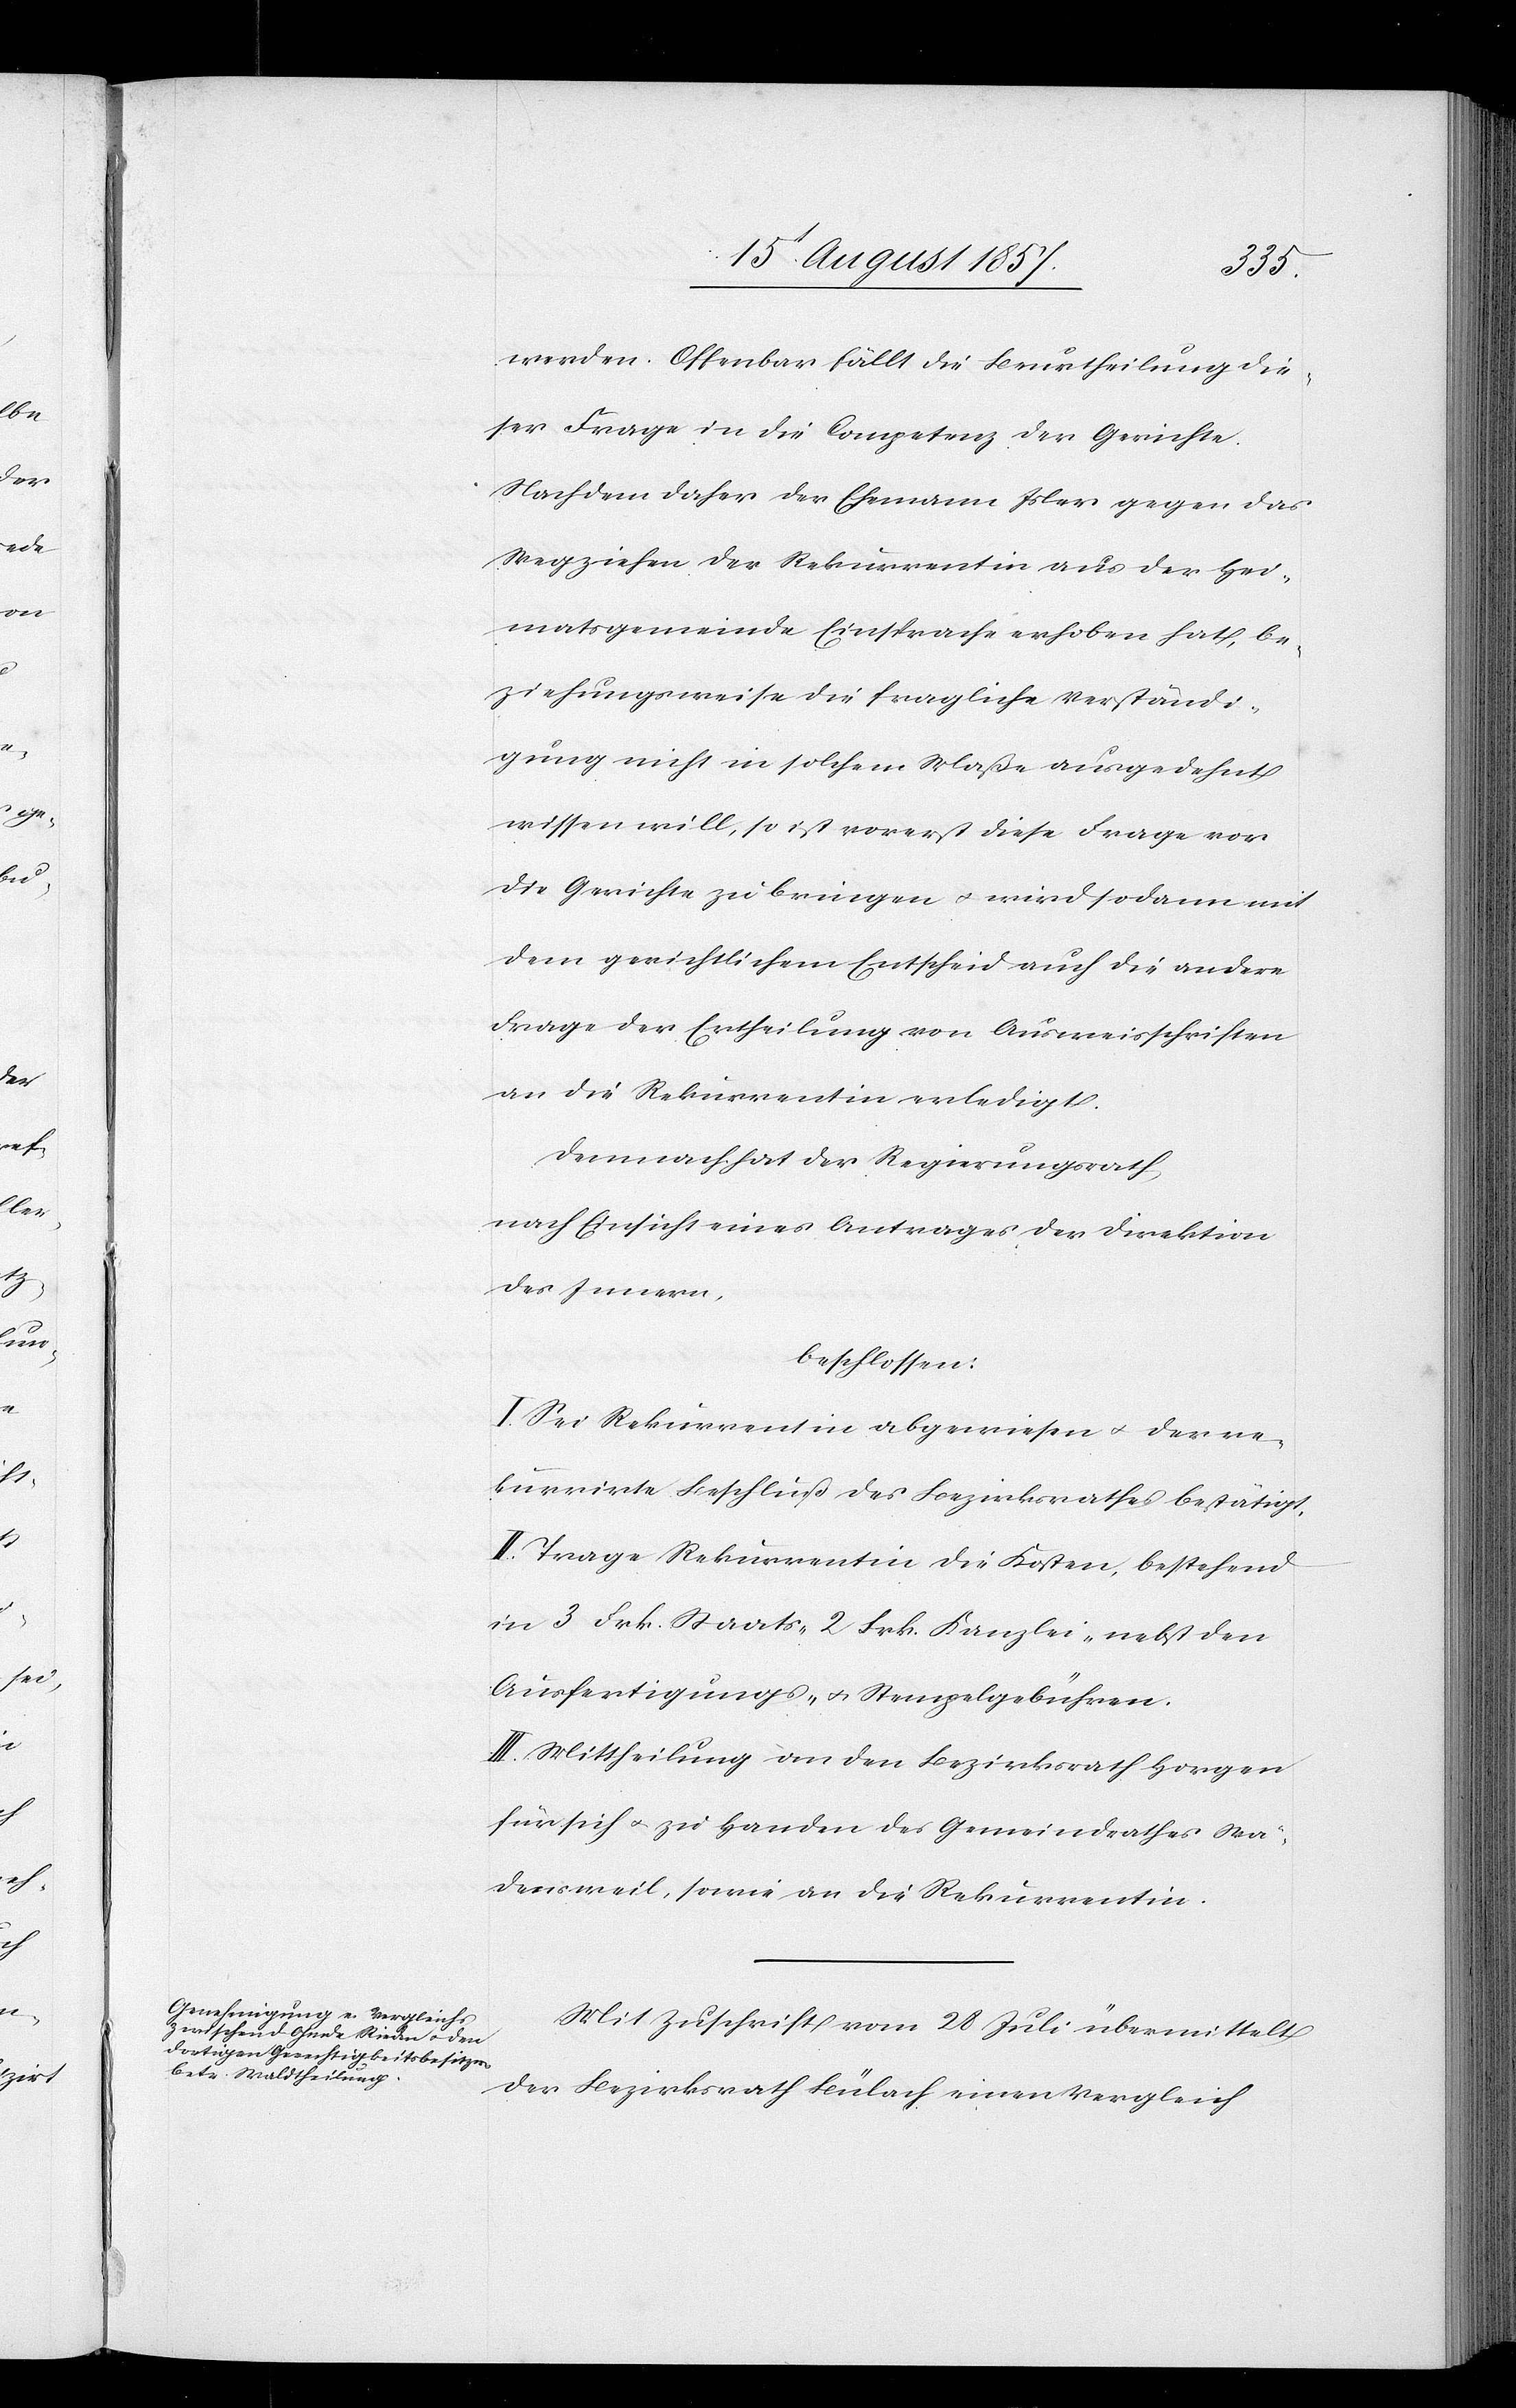
ändi¬
werden. Offenbar fällt die Beurtheilung die¬
ser Frage in die Competenz der Gerichte.
Nachdem dieser der Ehemann Isler gegen das
Wegziehen der Rekurrentin aus der Hei¬
gung nicht in solchem Maße ausgedehnt
wissen will, so ist vorerst diese Frage vor
die Gerichte zu bringen & wird sodann mit
dem gerichtlichen Entscheid auch die andere
Frage der Ertheilung von Ausweisschriften
an die Rekurrentin erledigt.
Demnach hat der Regierungsrath,
nach Einsicht eines Antrages der Direktion
des Innern,
beschlossen:
I. Sei Rekurrentin abgewiesen & der re¬
kurrirte Beschluß des Bezirksrathes bestätigt.
II. Trage Rekurrentin die Kosten, bestehend
in 3 Frk. Staats- 2 Frk. Kanzlei- nebst den
Ausfertigungs- & Stempelgebühren.
III. Mittheilung an den Bezirksrath Horgen
für sich & zu Handen des Gemeindrathes Wä¬
densweil, sowie an die Rekurrentin.
Mit Zuschrift vom 28 Juli übermittelt
der Bezirksrath Bülach einen Vergleich